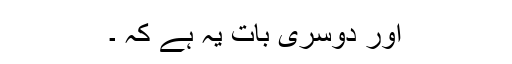
اور دوسری بات یہ ہے کہ ۔